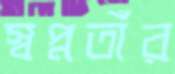
স্বপ্নতাঁর